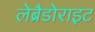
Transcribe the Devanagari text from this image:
लेब्रैडोराइट